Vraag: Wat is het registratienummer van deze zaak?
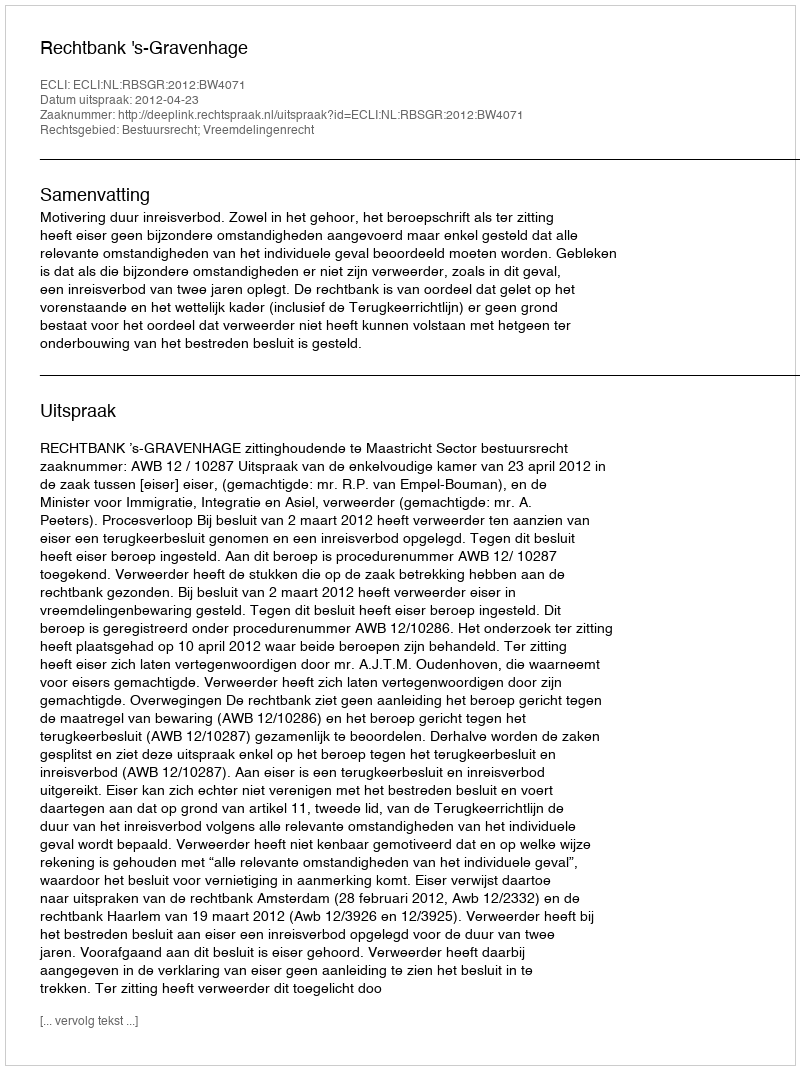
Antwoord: http://deeplink.rechtspraak.nl/uitspraak?id=ECLI:NL:RBSGR:2012:BW4071